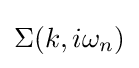
\Sigma (k,i\omega _{n})